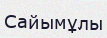
Сайымұлы